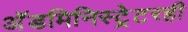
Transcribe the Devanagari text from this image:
अॅडमिनिस्ट्रेटरही